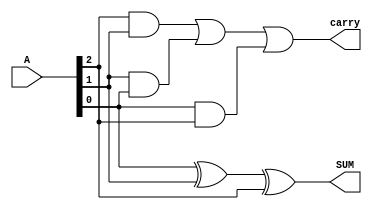
module FullAdder(input [2:0] A, output SUM, output carry);

// A[2] = A, A[1] = B, A[0] = C_in

xor (SUM, A[0], A[1], A[2]);
and (a1, A[2], A[1]);
and (a2, A[1], A[0]);
and (a3, A[0], A[2]);
or (carry, a1, a2, a3);

endmodule